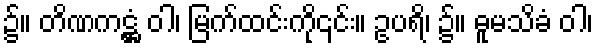
၌။ တိဏကဋ္ဌံ ဝါ၊ မြက်ထင်းကို၎င်း။ ဥပရိ၊ ၌။ ဓူမသိခံ ဝါ၊